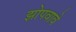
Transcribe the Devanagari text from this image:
झोपवावे